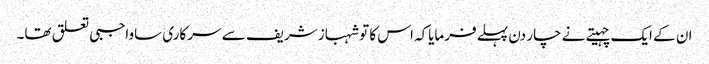
ان کے ایک چہیتے نے چار دن پہلے فرمایاکہ اس کا تو شہباز شریف سے سرکاری ساواجبی تعلق تھا۔